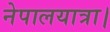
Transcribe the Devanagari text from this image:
नेपालयात्रा।